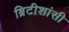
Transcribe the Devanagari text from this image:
ब्रिटीशांसी